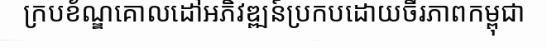
ក្របខ័ណ្ឌគោលដៅអភិវឌ្ឍន៍ប្រកបដោយចីរភាពកម្ពុជា